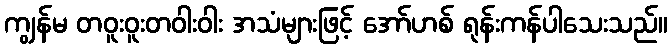
ကျွန်မ တဝူးဝူးတဝါးဝါး အသံများဖြင့် အော်ဟစ် ရုန်းကန်ပါသေးသည်။